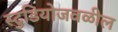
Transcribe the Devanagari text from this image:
स्टुडियोजवळील